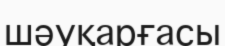
шәуқарғасы